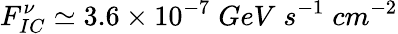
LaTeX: F_{IC}^{\nu}\simeq 3.6\times 10^{-7}\; GeV\; s^{-1}\; cm^{-2}